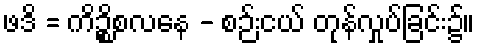
ဖဒိ = ကိဉ္စိစလနေ - စဉ်းငယ် တုန်လှုပ်ခြင်း၌။